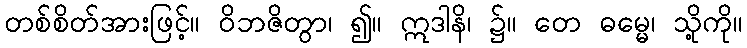
တစ်စိတ်အားဖြင့်။ ဝိဘဇိတွာ၊ ၍။ ဣဒါနိ၊ ၌။ တေ ဓမ္မေ၊ သို့ကို။